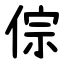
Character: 倧